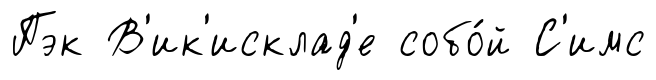
Пэк В'ик'исклад'е собо́й С'имс